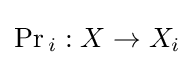
\Pr {}_{i}:X\to X_{i}